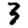
Digit: 3